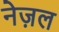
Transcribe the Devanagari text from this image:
नेज़ल